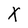
Character: X